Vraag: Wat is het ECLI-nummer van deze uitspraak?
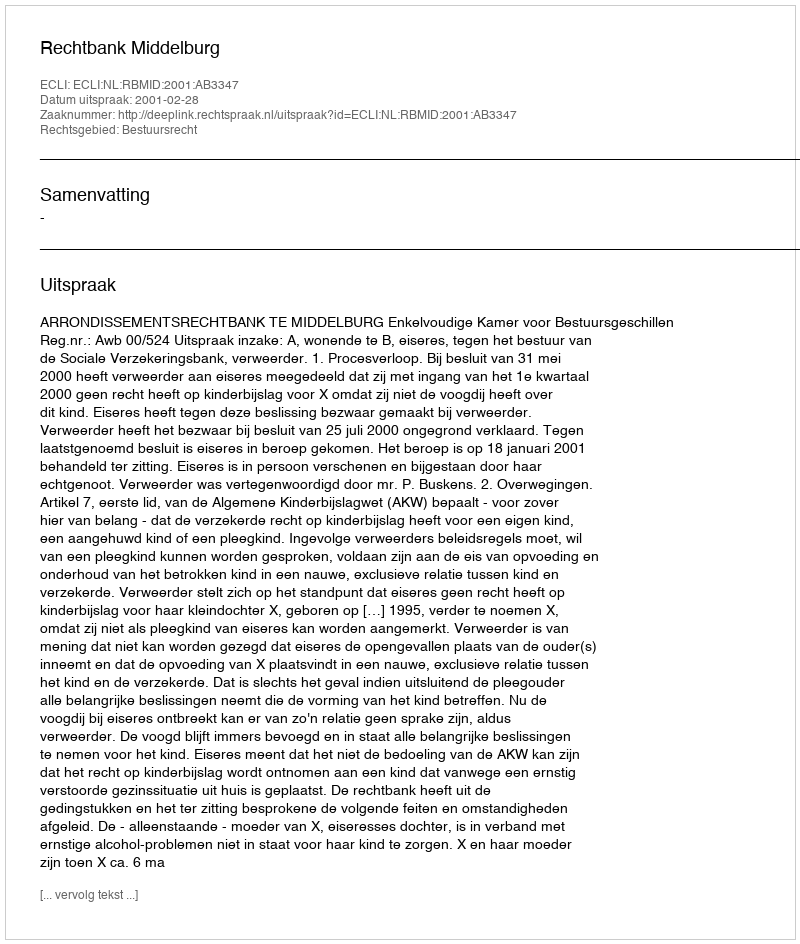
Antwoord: ECLI:NL:RBMID:2001:AB3347